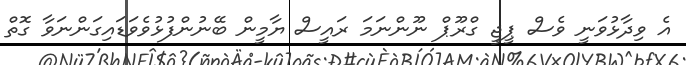
އެ ވިދާޅުވަނީ ވެސް ޕީޖީ ގްރޫޕް ނޫންނަމަ ރައީސް ޔާމީން ބޭނުންފުޅުވެވަޑައިގަންނަވާ ގޮތް